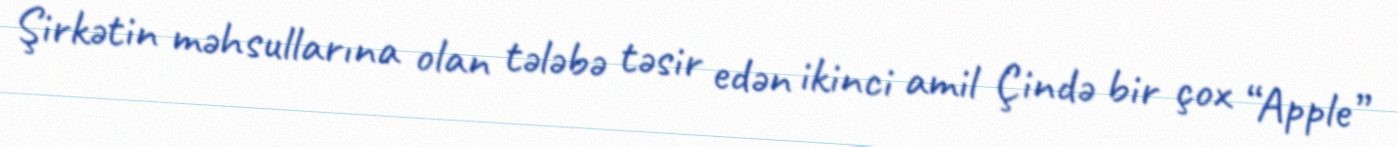
Şirkətin məhsullarına olan tələbə təsir edən ikinci amil Çində bir çox “Apple”